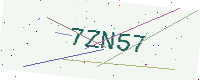
Text: 7ZN57